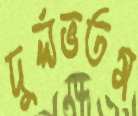
দুর্লভতম